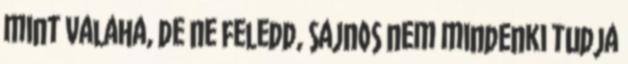
mint valaha, de ne feledd, sajnos nem mindenki tudja